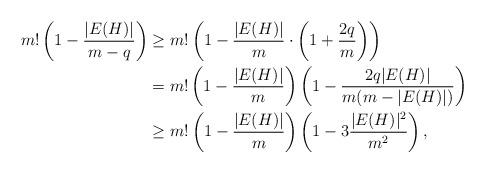
LaTeX: \begin{align*}m! \left(1-\frac{|E(H)|}{m-q}\right)&\geq m! \left(1- \frac{|E(H)|}{m}\cdot\left(1+\frac{2q}{m}\right)\right)\\&= m!\left(1-\frac{|E(H)|}{m}\right)\left(1-\frac{2q|E(H)|}{m(m-|E(H)|)}\right)\\&\geq m!\left(1-\frac{|E(H)|}{m}\right)\left(1-3\frac{|E(H)|^2}{m^2}\right),\end{align*}